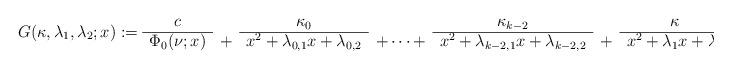
LaTeX: \begin{align*}G(\kappa,\lambda_1,\lambda_2;x):=\begin{array}{ccccccc}c& &\kappa_0 & & \kappa_{k-2} & & \kappa \\\cline{1-1}\cline{3-3}\cline{5-5}\cline{7-7}\Phi_0(\nu;x) &+& x^2+\lambda_{0,1}x+\lambda_{0,2} & +\cdots+ & x^2+\lambda_{k-2,1}x+\lambda_{k-2,2} & + &x^2+\lambda_1 x+\lambda_2\end{array}.\end{align*}